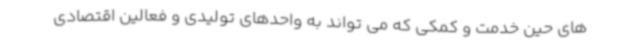
های حین خدمت و کمکی که می تواند به واحدهای تولیدی و فعالین اقتصادی